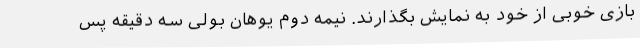
بازی خوبی از خود به نمایش بگذارند. نیمه دوم یوهان بولی سه دقیقه پس